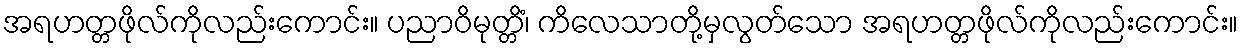
အရဟတ္တဖိုလ်ကိုလည်းကောင်း။ ပညာဝိမုတ္တိံ၊ ကိလေသာတို့မှလွတ်သော အရဟတ္တဖိုလ်ကိုလည်းကောင်း။